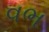
વભ